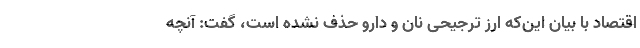
اقتصاد با بیان این‌که ارز ترجیحی نان و دارو حذف نشده است، گفت: آنچه